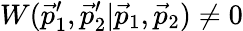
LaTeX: W(\vec{p}_{1}^{\prime},\vec{p}_{2}^{\prime}|\vec{p}_{1},\vec{p}_{2})\neq 0